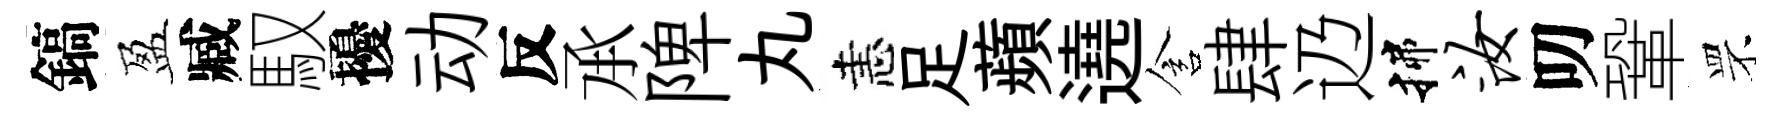
鎬盈臧馭擾动反𠄘陴丸恚足蘋遶含肆辸揲汝叨鞏罘